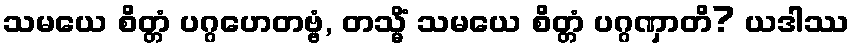
သမယေ စိတ္တံ ပဂ္ဂဟေတဗ္ဗံ, တသ္မိံ သမယေ စိတ္တံ ပဂ္ဂဏှာတိ? ယဒါဿ